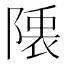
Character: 𮥙